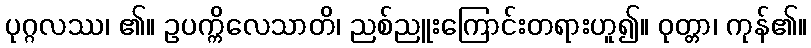
ပုဂ္ဂလဿ၊ ၏။ ဥပက္ကိလေသာတိ၊ ညစ်ညူးကြောင်းတရားဟူ၍။ ဝုတ္တာ၊ ကုန်၏။